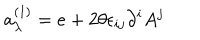
LaTeX: a _ { \lambda } ^ { ( 1 ) } = e + 2 \theta \epsilon _ { i j } \partial ^ { i } A ^ { j }